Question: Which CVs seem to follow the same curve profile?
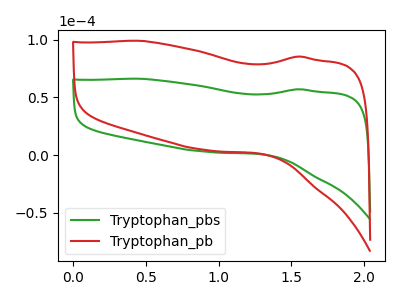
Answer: <think>The green curve "Tryptophan_pbs" has no peaks. The red curve "Tryptophan_pb" has no peaks.
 Neither "Tryptophan_pbs" or "Tryptophan_pb" have any peaks.</think>
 <answer>"Tryptophan_pbs" and "Tryptophan_pb" have the same shape and are likely CV's of the same chemical.</answer>
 <eval>"Tryptophan_pbs" "Tryptophan_pb"</eval>